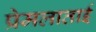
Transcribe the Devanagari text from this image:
प्रेमलाताई